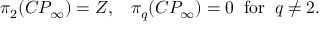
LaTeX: \pi _ { 2 } ( C P _ { \infty } ) = Z , \; \; \; \pi _ { q } ( C P _ { \infty } ) = 0 \; \; \mathrm { f o r } \; \; q \neq 2 .